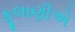
ફૂલાણીએ